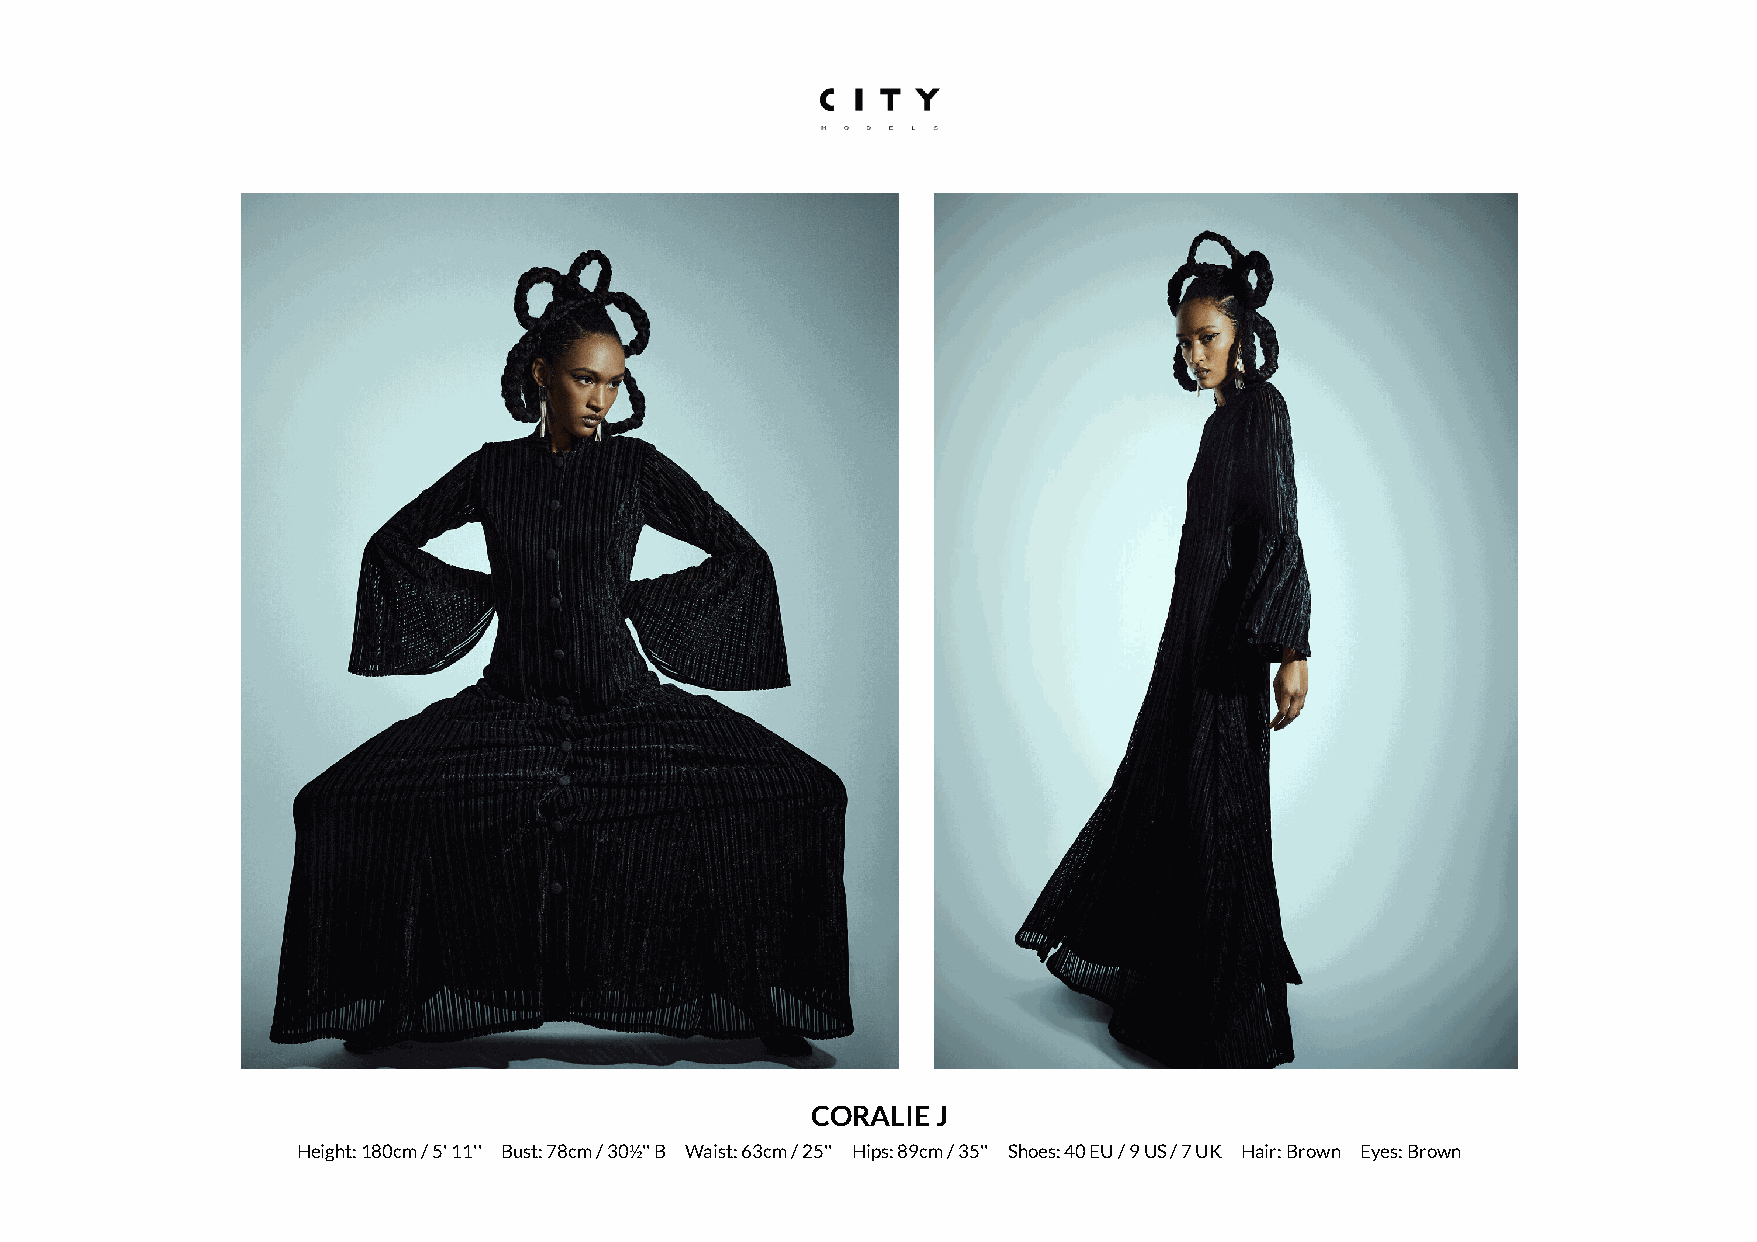
CORALIE J
 Height: 180cm / 5' 11'' Bust: 78cm / 30½'' B Waist: 63cm / 25'' Hips: 89cm / 35'' Shoes: 40 EU / 9 US / 7 UK Hair: Brown Eyes: Brown